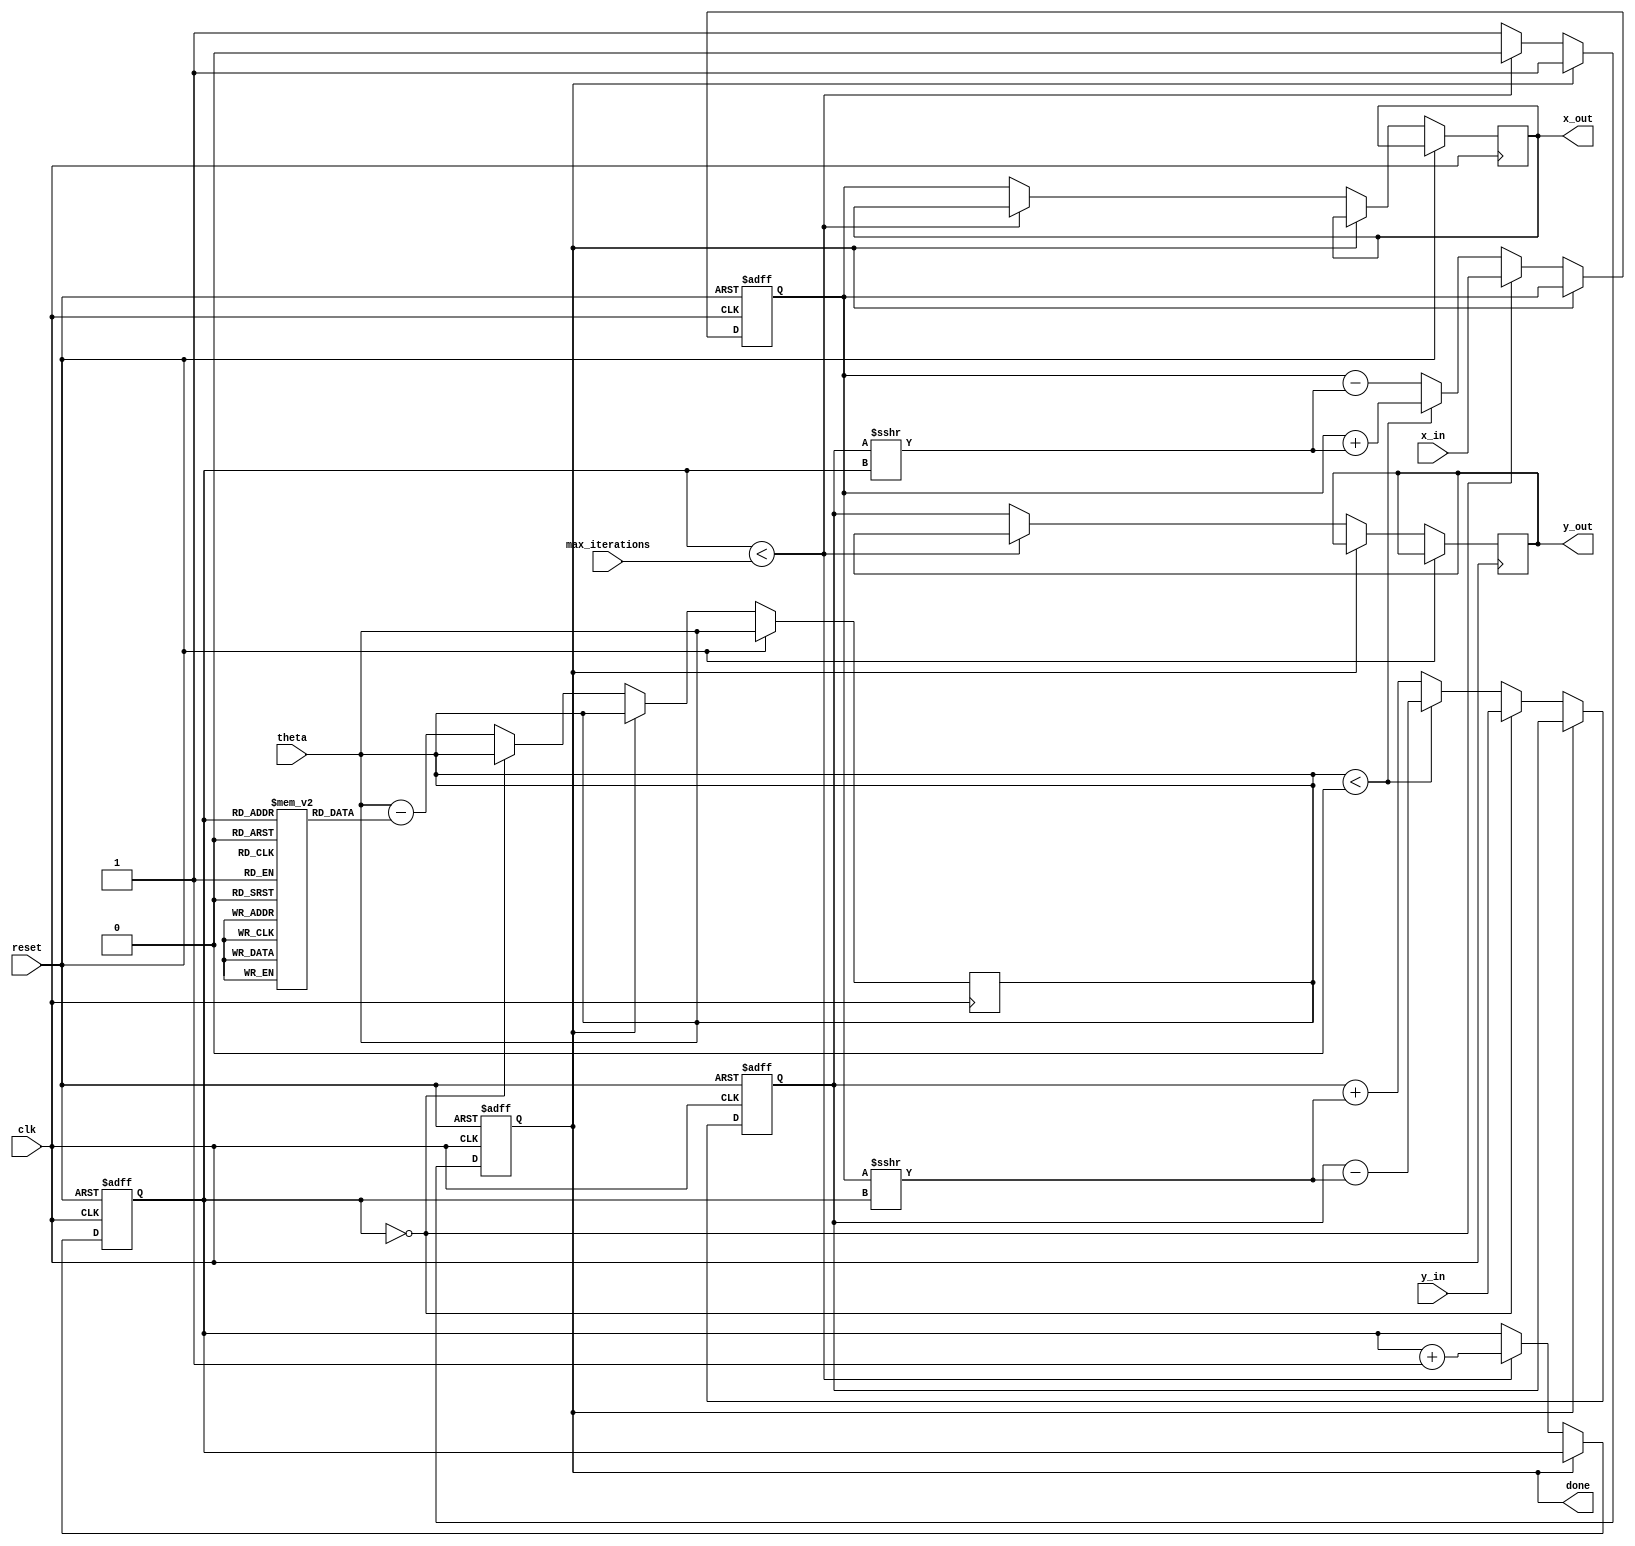
module adaptive_cordic(
    input wire clk,
    input wire reset,
    input wire [15:0] x_in,         // Input x (fixed-point format)
    input wire [15:0] y_in,         // Input y (fixed-point format)
    input wire [15:0] theta,        // Rotation angle (fixed-point format)
    input wire [3:0] max_iterations, // Maximum number of iterations
    output reg [15:0] x_out,        // Output x'
    output reg [15:0] y_out,        // Output y'
    output reg done                 // Operation completed flag
);

    reg [15:0] x_reg, y_reg;        // Registers to hold x and y
    reg [3:0] iteration;             // Iteration counter
    reg [15:0] angle_table [0:15];  // Lookup table for arctan(2^-i)
    
    initial begin
        // Initialize angle table with fixed-point arctan values
        angle_table[0] = 16'h4000; // arctan(1) = 45 degrees
        angle_table[1] = 16'h2000; // arctan(0.5) = 26.565 degrees
        angle_table[2] = 16'h1000; // arctan(0.25) = 14.036 degrees
        angle_table[3] = 16'h0800; // arctan(0.125) = 7.125 degrees
        angle_table[4] = 16'h0400; // and so on...
        angle_table[5] = 16'h0200;
        angle_table[6] = 16'h0100;
        angle_table[7] = 16'h0080;
        angle_table[8] = 16'h0040;
        angle_table[9] = 16'h0020;
        angle_table[10] = 16'h0010;
        angle_table[11] = 16'h0008;
        angle_table[12] = 16'h0004;
        angle_table[13] = 16'h0002;
        angle_table[14] = 16'h0001;
        angle_table[15] = 16'h0000; // arctan(0) = 0 degrees
    end

    // CORDIC operation
    always @(posedge clk or posedge reset) begin
        if (reset) begin
            x_reg <= 0;
            y_reg <= 0;
            iteration <= 0;
            done <= 0;
        end else if (!done) begin
            if (iteration == 0) begin
                // Initialize inputs
                x_reg <= x_in;
                y_reg <= y_in;
            end else begin
                // Perform the CORDIC iteration
                if (theta < 0) begin
                    // Rotate clockwise
                    x_reg <= x_reg + (y_reg >>> iteration);
                    y_reg <= y_reg - (x_reg >>> iteration);
                end else begin
                    // Rotate counter-clockwise
                    x_reg <= x_reg - (y_reg >>> iteration);
                    y_reg <= y_reg + (x_reg >>> iteration);
                end
                // Adjust theta based on current iteration
                theta <= theta - angle_table[iteration];
            end

            // Increment iteration
            if (iteration < max_iterations) begin
                iteration <= iteration + 1;
            end else begin
                // Finished iterations
                done <= 1;
                x_out <= x_reg;
                y_out <= y_reg;
            end
        end
    end

endmodule